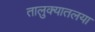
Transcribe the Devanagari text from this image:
तालुक्यातलया